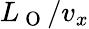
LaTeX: L_{\mathrm{~O~}}/v_{x}